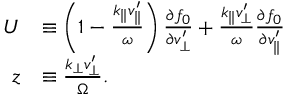
\begin{array} { r l } { U } & { \equiv \left( 1 - \frac { k _ { \parallel } v _ { \parallel } ^ { \prime } } { \omega } \right) \frac { \partial f _ { 0 } } { \partial v _ { \perp } ^ { \prime } } + \frac { k _ { \parallel } v _ { \perp } ^ { \prime } } { \omega } \frac { \partial f _ { 0 } } { \partial v _ { \parallel } ^ { \prime } } } \\ { z } & { \equiv \frac { k _ { \perp } v _ { \perp } ^ { \prime } } { \Omega } . } \end{array}